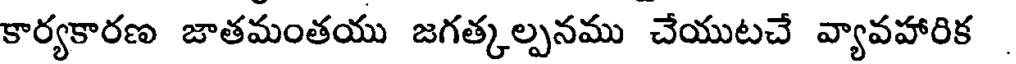
కార్యకారణ జాతమంతయు జగత్కల్పనము చేయుటచే వ్యావహారిక